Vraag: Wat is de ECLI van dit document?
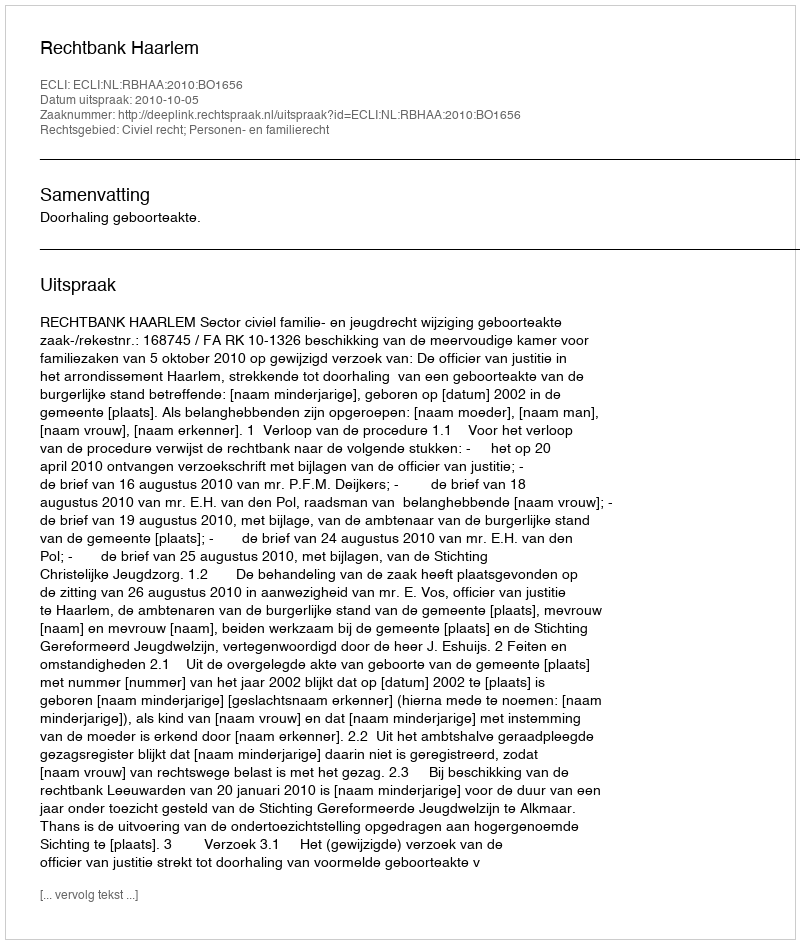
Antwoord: ECLI:NL:RBHAA:2010:BO1656